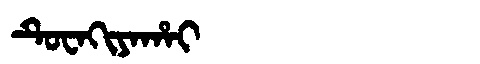
Manchu: ᡨᡠᠸᠠᡴᡳᠶᠠᡥᠠᡳ
Romanization: TUWAKIYAHAI